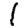
Digit: 1